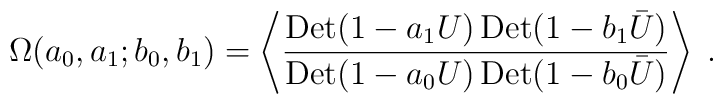
\Omega(a_0,a_1;b_0,b_1) = \left\langle	{{\rm Det}(1 - a_1 U) \, {\rm Det}(1 - b_1 \bar U) \over	{\rm Det}(1 - a_0 U) \, {\rm Det}(1 - b_0 \bar U)}	\right\rangle \;.